Scottish Leaving Certificate Examination, 1956
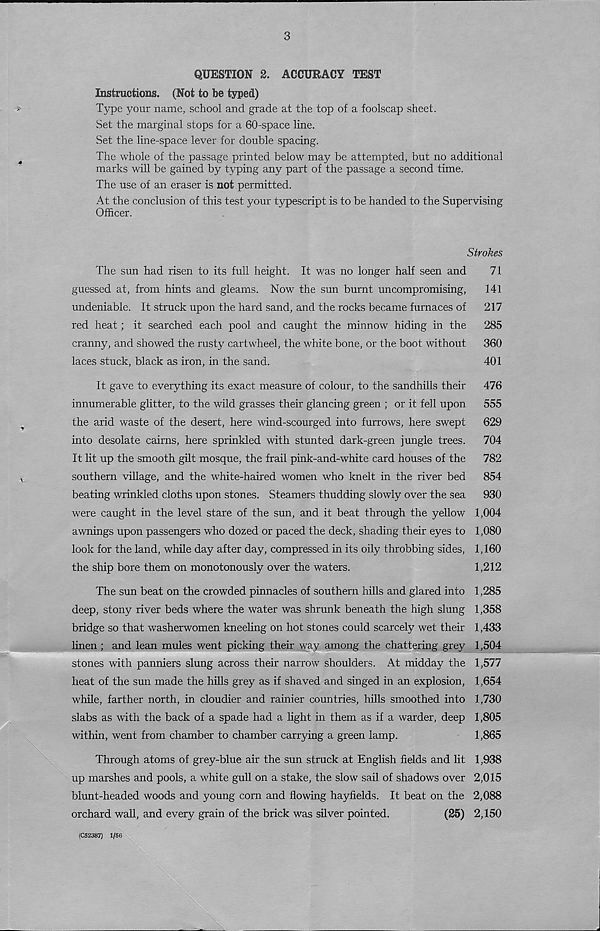
3
QUESTION 2. ACCURACY TEST
Instructions. (Not to be typed)
Type your name, school and grade at the top of a foolscap sheet.
Set the marginal stops for a 60-space line.
Set the line-space lever for double spacing.
The whole of the passage printed below may be attempted, but no additional
marks will be gained by typing any part of the passage a second time.
The use of an eraser is not permitted.
At the conclusion of this test your typescript is to be handed to the Supervising
Officer.
Strokes
The sun had risen to its full height. It was no longer half seen and
71
guessed at, from hints and gleams. Now the sun burnt uncompromising,
141
undeniable. It struck upon the hard sand, and the rocks became furnaces of
217
red heat; it searched each pool and caught the minnow hiding in the
285
cranny, and showed the rusty cartwheel, the white bone, or the boot without
360
laces stuck, black as iron, in the sand.
401
It gave to everything its exact measure of colour, to the sandhills their
476
innumerable glitter, to the wild grasses their glancing green ; or it fell upon
555
the arid waste of the desert, here wind-scourged into furrows, here swept
629
into desolate cairns, here sprinkled with stunted dark-green jungle trees.
704
It lit up the smooth gilt mosque, the frail pink-and-white card houses of the
782
southern village, and the white-haired women who knelt in the river bed
854
beating wrinkled cloths upon stones. Steamers thudding slowly over the sea
930
were caught in the level stare of the sun, and it beat through the yellow 1,004
awnings upon passengers who dozed or paced the deck, shading their eyes to 1,080
look for the land, while day after day, compressed in its oily throbbing sides, 1,160
the ship bore them on monotonously over the waters.
1,212
The sun beat on the crowded pinnacles of southern hills and glared into 1,285
deep, stony river beds where the water was shrunk beneath the high slung 1,358
bridge so that washerwomen kneeling on hot stones could scarcely wet their 1,433
linen ; and lean mules went picking their way among the chattering grey 1,504
stones with panniers slung across their narrow shoulders. At midday the 1,577
heat of the sun made the hills grey as if shaved and singed in an explosion, 1,654
while, farther north, in cloudier and rainier countries, hills smoothed into 1,730
slabs as with the back of a spade had a light in them as if a warder, deep 1,805
within, went from chamber to chamber carrying a green lamp.
1,865
Through atoms of grey-blue air the sun struck at English fields and lit 1,938
up marshes and pools, a white gull on a stake, the slow sail of shadows over 2,015
blunt-headed woods and young corn and flowing hayfields. It beat on the 2,088
orchard wall, and every grain of the brick was silver pointed.
(25) 2,150
(C52387) 1/56